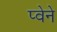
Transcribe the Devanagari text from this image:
प्वेने